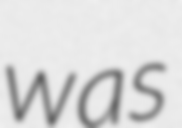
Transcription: was